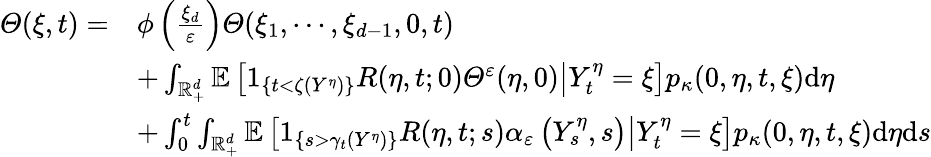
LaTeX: \begin{array}{rl}{\varTheta(\xi,t)=}&{\phi\left(\frac{\xi_{d}}{\varepsilon}\right)\varTheta(\xi_{1},\cdots,\xi_{d-1},0,t)}\\ &{+\int_{\mathbb{R}_{+}^{d}}\mathbb{E}\left[\left.1_{\{ t<\zeta(Y^{\eta})\} }R(\eta,t;0)\varTheta^{\varepsilon}(\eta,0)\right|Y_{t}^{\eta}=\xi\right]p_{\kappa}(0,\eta,t,\xi)\mathrm{d}\eta}\\ &{+\int_{0}^{t}\int_{\mathbb{R}_{+}^{d}}\mathbb{E}\left[\left.1_{\left\{ s>\gamma_{t}(Y^{\eta})\right\} }R(\eta,t;s)\alpha_{\varepsilon}\left(Y_{s}^{\eta},s\right)\right|Y_{t}^{\eta}=\xi\right]p_{\kappa}(0,\eta,t,\xi)\mathrm{d}\eta\mathrm{d}s}\end{array}